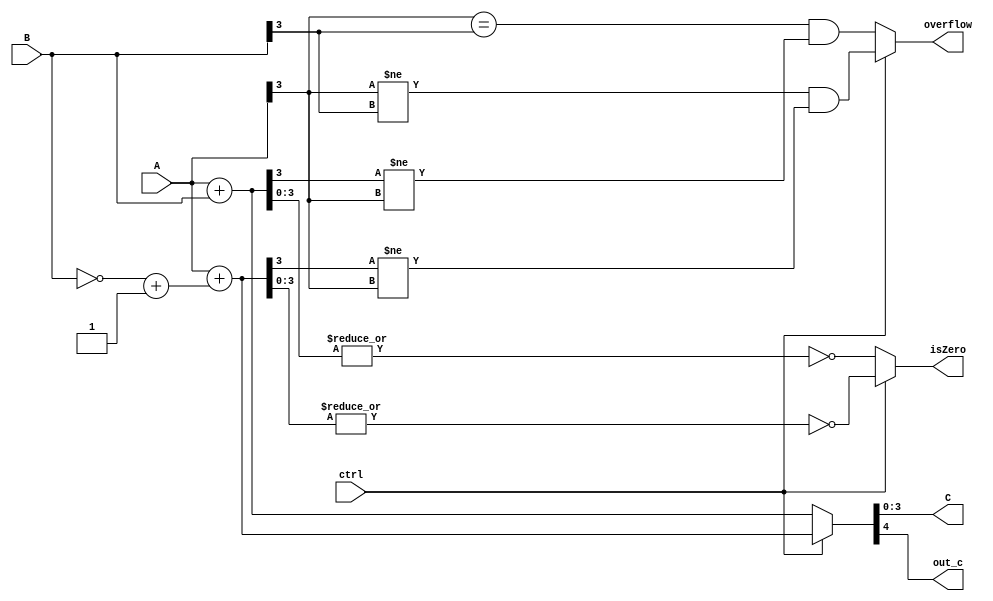
module s_ALU4(ctrl, A, B, C, out_c, overflow, isZero);
	input ctrl;
	input [3:0]A;
	input [3:0]B;
	output reg [3:0]C;
	output reg out_c;
	output reg overflow;
	output reg isZero;
	reg [3:0]B_com;
	
	always @(*) begin
		isZero = 0;
		if(ctrl == 0) //
		begin
			{out_c, C} = A + B;
			overflow = (A[3] == B[3]) && (C[3] != A[3]);
			isZero = ~(|C);
		end
		else begin // 
			B_com = ~B + 1;
			{out_c, C} = A + B_com;
			overflow = (A[3] != B[3]) && (C[3] != A[3]);
			isZero = ~(|C);
		end
	end
endmodule